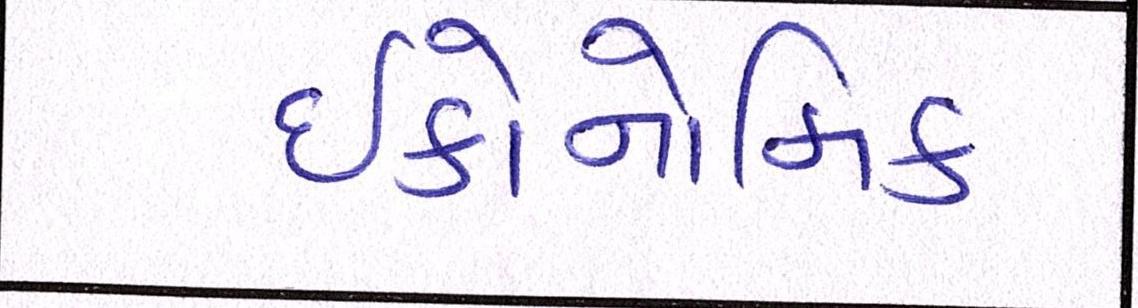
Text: ઈકોનોમિક